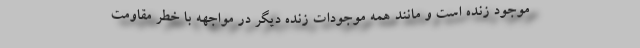
موجود زنده است و مانند همه موجودات زنده دیگر در مواجهه با خطر مقاومت